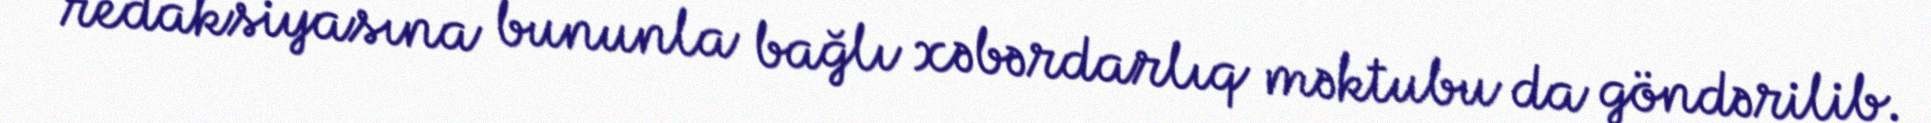
redaksiyasına bununla bağlı xəbərdarlıq məktubu da göndərilib.